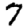
Digit: 7